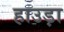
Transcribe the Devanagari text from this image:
हाउड़ा